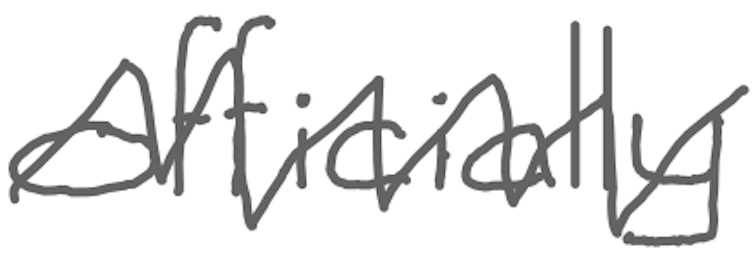
Text: officially
Cross-out: zig-zag
Writing tool: digital_gray